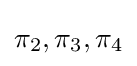
\pi _{2},\pi _{3},\pi _{4}